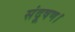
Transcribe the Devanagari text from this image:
संदूषण।